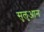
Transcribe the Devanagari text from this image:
सुलुआन